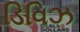
ડિવિઝ